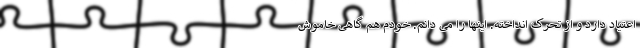
اعتیاد دارد و از تحرک انداخته. اینها را می دانم. خودم هم گاهی خاموش